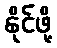
နိုင်ဖို့